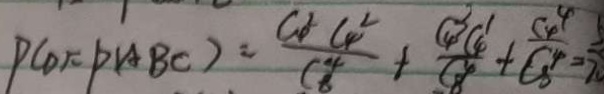
P ( 0 ) = P ( A B C ) = \frac { C _ { 4 } ^ { 2 } C _ { 4 } ^ { 2 } } { C _ { 8 } ^ { 2 } } + \frac { C _ { 4 } ^ { 3 } C _ { 4 } ^ { 1 } } { C _ { 8 } ^ { 4 } } + \frac { C _ { 4 } ^ { 4 } } { C _ { 8 } ^ { 4 } } =